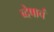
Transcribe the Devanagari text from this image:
व्देषाचं